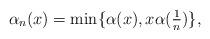
LaTeX: \begin{align*} \alpha_n(x) &= \min\{\alpha(x),x\alpha(\tfrac1n)\}, \end{align*}